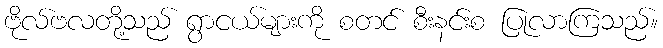
ဗိုလ်ဗလတို့သည် ရွာငယ်များကို စတင် စီးနင်းစ ပြုလာကြသည်။